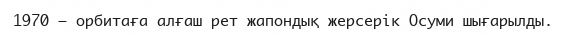
1970 — орбитаға алғаш рет жапондық жерсерік Осуми шығарылды.